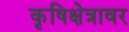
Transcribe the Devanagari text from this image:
कृषिक्षेत्रावर